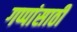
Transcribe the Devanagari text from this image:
गप्पांसाठी